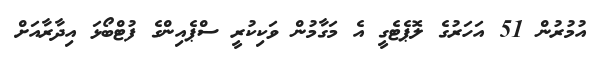
އުމުރުން 51 އަހަރުގެ ލޮޕެޓެގީ އެ މަގާމުން ވަކިކުރީ ސްޕެއިންގެ ފުޓްބޯޅަ އިދާރާއަށް